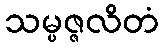
သမ္ပဇ္ဇလိတံ